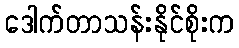
ဒေါက်တာသန်းနိုင်စိုးက